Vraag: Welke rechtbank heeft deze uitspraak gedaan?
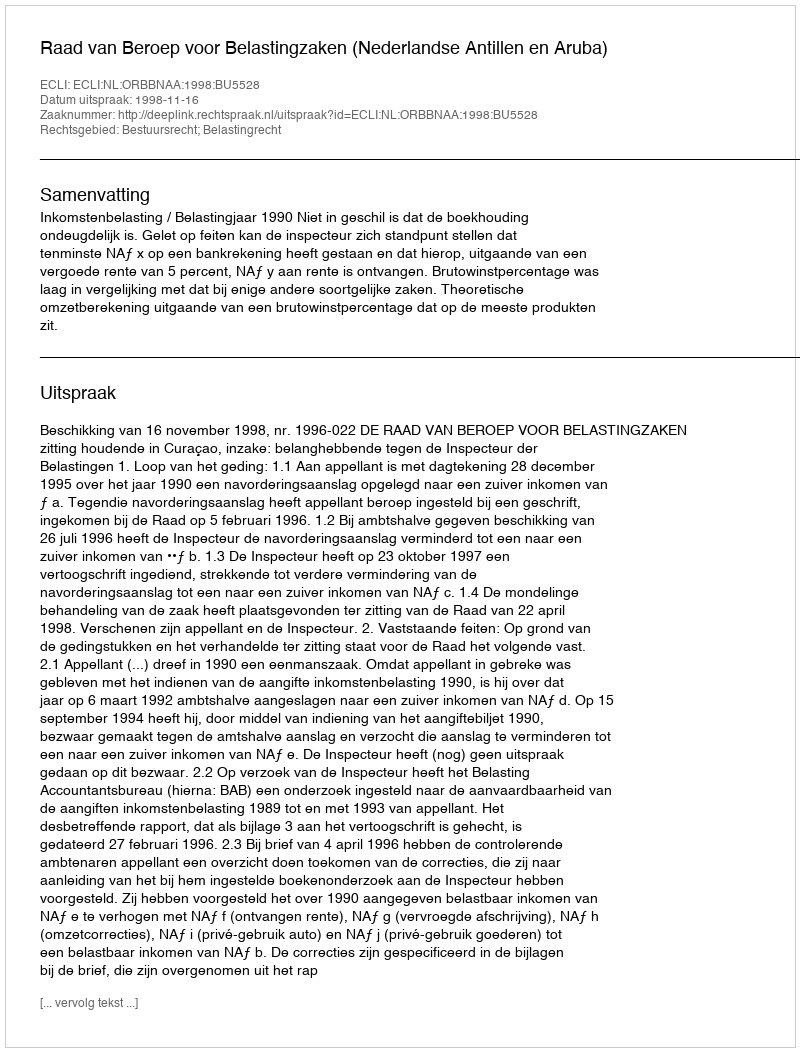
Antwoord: Raad van Beroep voor Belastingzaken (Nederlandse Antillen en Aruba)